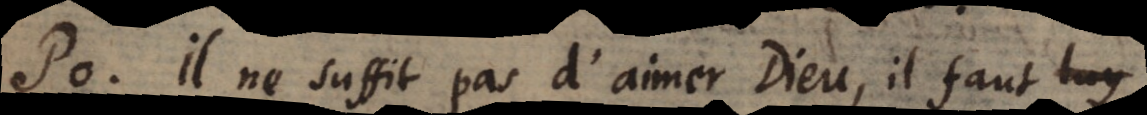
o. Il ne suffit pas d’aimer Dieu, il faut obe